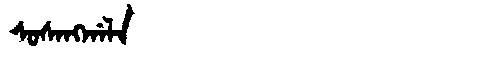
Manchu: ᠰᠣᠰᠠᠩᡤᠠᠯᠠ
Romanization: SOSANGGALA